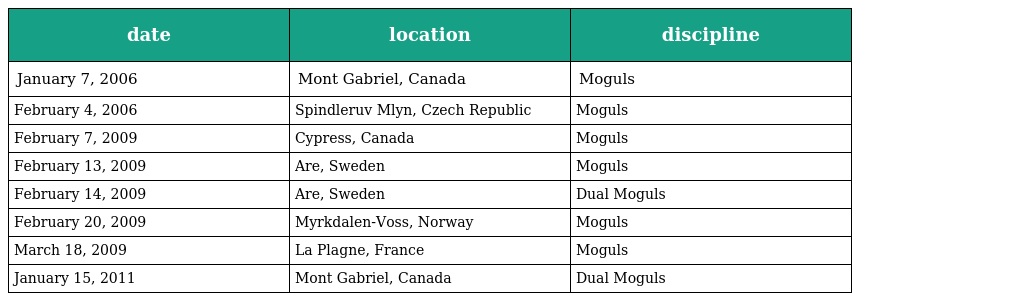
| date | location | discipline |
 | --- | --- | --- |
 | January 7, 2006 | Mont Gabriel, Canada | Moguls |
 | February 4, 2006 | Spindleruv Mlyn, Czech Republic | Moguls |
 | February 7, 2009 | Cypress, Canada | Moguls |
 | February 13, 2009 | Are, Sweden | Moguls |
 | February 14, 2009 | Are, Sweden | Dual Moguls |
 | February 20, 2009 | Myrkdalen-Voss, Norway | Moguls |
 | March 18, 2009 | La Plagne, France | Moguls |
 | January 15, 2011 | Mont Gabriel, Canada | Dual Moguls |